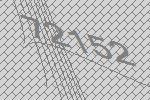
72152